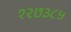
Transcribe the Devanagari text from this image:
१२७३८५